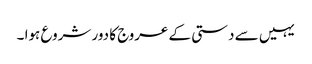
یہیں سے دستی کے عروج کا دور شروع ہوا ۔